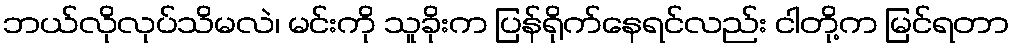
ဘယ်လိုလုပ်သိမလဲ၊ မင်းကို သူခိုးက ပြန်ရိုက်နေရင်လည်း ငါတို့က မြင်ရတာ